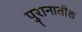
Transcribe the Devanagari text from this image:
पुरानातील